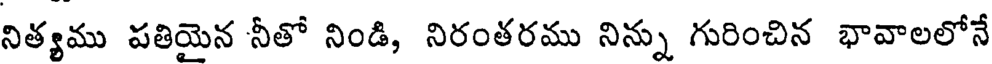
నిత్యము పతియైన నీతో నిండి, నిరంతరము నిన్ను గురించిన భావాలలోనే